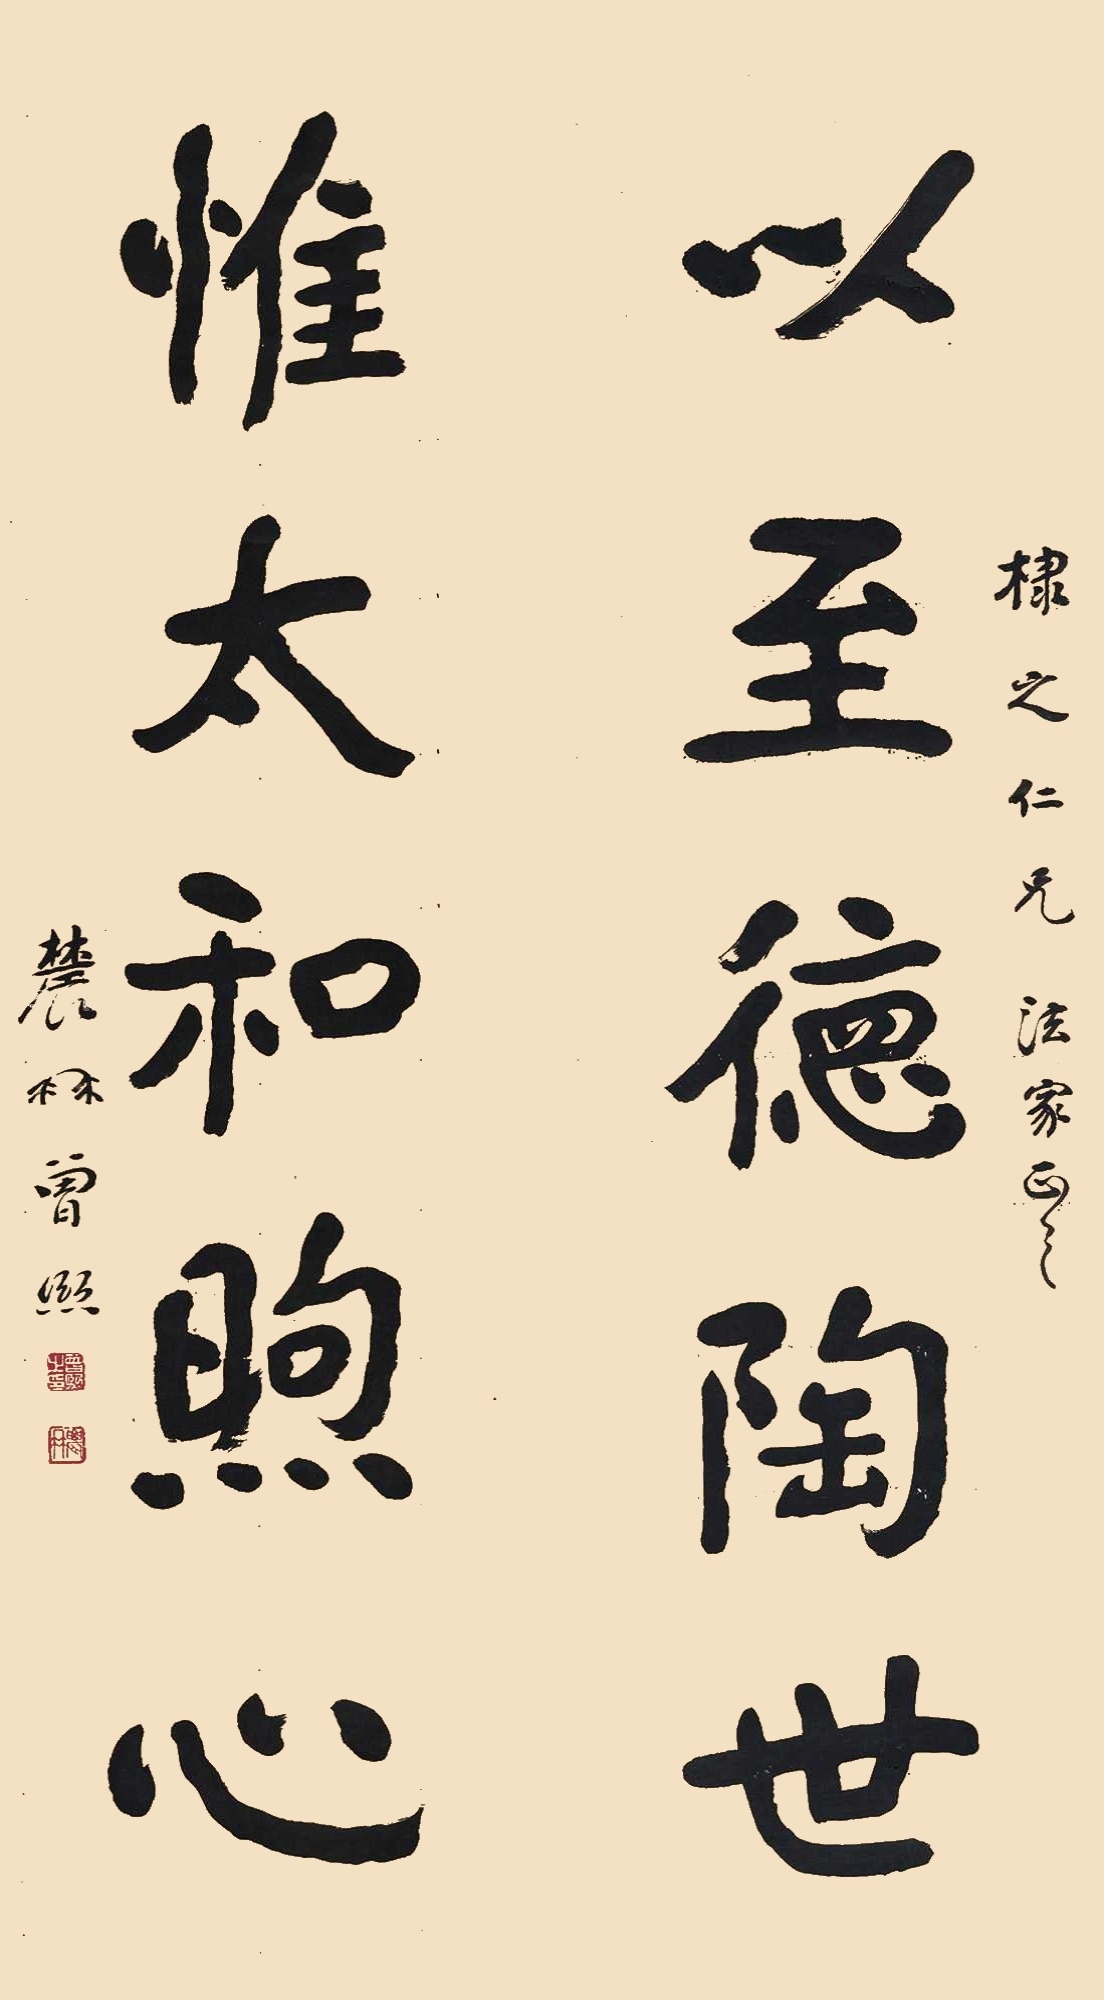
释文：以至德陶世，惟太和煦心。棣之仁兄法家正之，农髯曾熙。